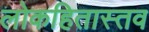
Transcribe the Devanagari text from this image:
लोकहितास्तव